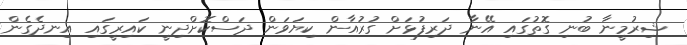
ޝިރުމީނާ ބުނި ގޮތުގައި އޭނާ ދަރިފުޅަށް ގުރުއާން ކިޔަވަން ދަސްކޮށްދިނީ ކައިރީގައި އިނދެގެން